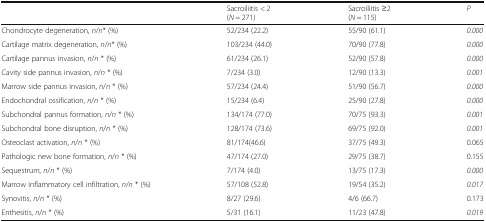
<table><thead><tr><td></td><td><b>Sacroiliitis &lt; 2(<i>N</i> = 271)</b></td><td><b>Sacroiliitis ≥2(<i>N</i> = 115)</b></td><td><b><i>P</i></b></td></tr></thead><tbody><tr><td>Chondrocyte degeneration, <i>n</i>/<i>n</i>* (%)</td><td>52/234 (22.2)</td><td>55/90 (61.1)</td><td><i>0.000</i></td></tr><tr><td>Cartilage matrix degeneration, <i>n</i>/<i>n</i>* (%)</td><td>103/234 (44.0)</td><td>70/90 (77.8)</td><td><i>0.000</i></td></tr><tr><td>Cartilage pannus invasion, <i>n</i>/<i>n</i> * (%)</td><td>61/234 (26.1)</td><td>52/90 (57.8)</td><td><i>0.000</i></td></tr><tr><td>Cavity side pannus invasion, <i>n</i>/<i>n</i> * (%)</td><td>7/234 (3.0)</td><td>12/90 (13.3)</td><td><i>0.001</i></td></tr><tr><td>Marrow side pannus invasion, <i>n</i>/<i>n</i> * (%)</td><td>57/234 (24.4)</td><td>51/90 (56.7)</td><td><i>0.000</i></td></tr><tr><td>Endochondral ossification, <i>n</i>/<i>n</i> * (%)</td><td>15/234 (6.4)</td><td>25/90 (27.8)</td><td><i>0.000</i></td></tr><tr><td>Subchondral pannus formation, <i>n</i>/<i>n</i> * (%)</td><td>134/174 (77.0)</td><td>70/75 (93.3)</td><td><i>0.001</i></td></tr><tr><td>Subchondral bone disruption, <i>n</i>/<i>n</i> * (%)</td><td>128/174 (73.6)</td><td>69/75 (92.0)</td><td><i>0.001</i></td></tr><tr><td>Osteoclast activation, <i>n</i>/<i>n</i> * (%)</td><td>81/174(46.6)</td><td>37/75 (49.3)</td><td>0.065</td></tr><tr><td>Pathologic new bone formation, <i>n</i>/<i>n</i> * (%)</td><td>47/174 (27.0)</td><td>29/75 (38.7)</td><td>0.155</td></tr><tr><td>Sequestrum, <i>n</i>/<i>n</i> * (%)</td><td>7/174 (4.0)</td><td>13/75 (17.3)</td><td><i>0.000</i></td></tr><tr><td>Marrow inflammatory cell infiltration, <i>n</i>/<i>n</i> * (%)</td><td>57/108 (52.8)</td><td>19/54 (35.2)</td><td><i>0.017</i></td></tr><tr><td>Synovitis, <i>n</i>/<i>n</i> * (%)</td><td>8/27 (29.6)</td><td>4/6 (66.7)</td><td>0.173</td></tr><tr><td>Enthesitis, <i>n</i>/<i>n</i> * (%)</td><td>5/31 (16.1)</td><td>11/23 (47.8)</td><td><i>0.019</i></td></tr></tbody></table>